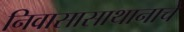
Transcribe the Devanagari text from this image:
निवासासाथानाचे